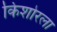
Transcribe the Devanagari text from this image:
किशोरला